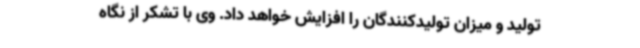
تولید و میزان تولیدکنندگان را افزایش خواهد داد. وی با تشکر از نگاه